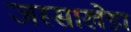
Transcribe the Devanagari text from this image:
जस्‍साखेडा